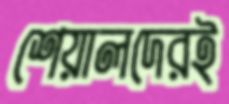
শেয়ালদেরই